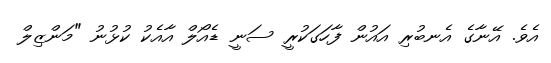
އެވެ. އޭނާގެ އެނބުރި އައުން ފާހަގަކުރީ ސަނީ ޑެއޯލް އާއެކު ކުޅުނު "މަންޒިލް